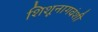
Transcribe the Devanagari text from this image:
शिशूनागवंशी